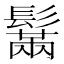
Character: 鬗